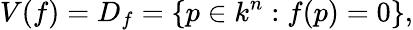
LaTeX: V(f)=D_{f}=\{ p\in k^{n}:f(p)=0\} ,